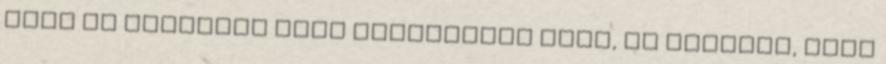
hogy új rendszer kell Demokrácia kell, és tömegek, akik